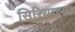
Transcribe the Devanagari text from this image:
सिरियाच्या